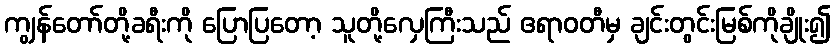
ကျွန်တော်တို့ခရီးကို ပြောပြတော့ သူတို့လှေကြီးသည် ဧရာဝတီမှ ချင်းတွင်းမြစ်ကိုချိုး၍